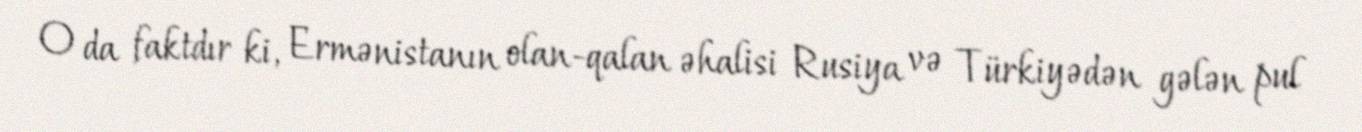
O da faktdır ki, Ermənistanın olan-qalan əhalisi Rusiya və Türkiyədən gələn pul